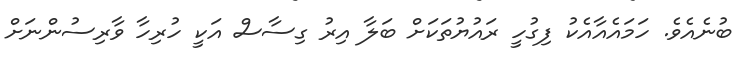
ބުނެއެވެ. ހަމައެއާއެކު ފިގުހީ ރައުޔުތަކަށް ބަލާ އިރު ގިސާސް އަކީ ހުރިހާ ވާރިސުންނަށް